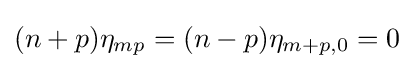
(n+p)\eta _{mp}=(n-p)\eta _{m+p,0}=0